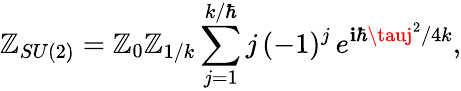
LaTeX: \mathbb{Z}_{SU(2)}=\mathbb{Z}_{0}\mathbb{Z}_{1/k}\sum_{j=1}^{k/\hbar}j\, (-1)^{j}\, e^{\mathbf{i}\hbar\tauj^{2}/4k},